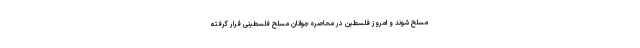
مسلح شوند و امروز فلسطین در محاصره جوانان مسلح فلسطینی قرار گرفته